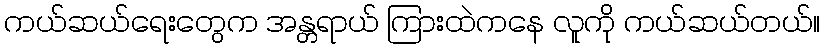
ကယ်ဆယ်ရေးတွေက အန္တရာယ် ကြားထဲကနေ လူကို ကယ်ဆယ်တယ်။